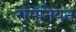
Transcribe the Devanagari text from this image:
रोमॅनियन